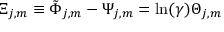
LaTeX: \Xi _ { j , m } \equiv \tilde { \Phi } _ { j , m } - \Psi _ { j , m } = \ln ( \gamma ) \Theta _ { j , m }